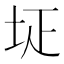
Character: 𡊕